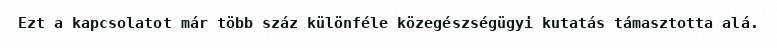
Ezt a kapcsolatot már több száz különféle közegészségügyi kutatás támasztotta alá.